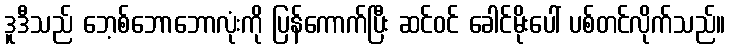
ဒူဒီသည် ဘေ့စ်ဘောဘောလုံးကို ပြန်ကောက်ပြီး ဆင်ဝင် ခေါင်မိုးပေါ် ပစ်တင်လိုက်သည်။